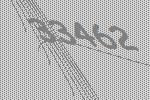
33462